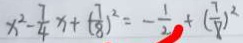
x ^ { 2 } - \frac { 7 } { 4 } x + ( \frac { 7 } { 8 } ) ^ { 2 } = - \frac { 1 } { 2 } + ( \frac { 7 } { 8 } ) ^ { 2 }